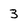
Character: 3